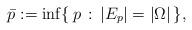
LaTeX: \begin{align*}\bar p := \inf\{\,p\,:\, |E_p|=|\Omega|\,\},\end{align*}